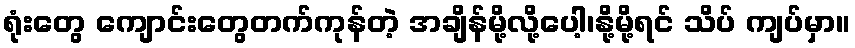
ရုံးတွေ ကျောင်းတွေတက်ကုန်တဲ့ အချိန်မို့လို့ပေါ့၊နို့မို့ရင် သိပ် ကျပ်မှာ။